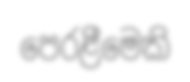
පෙරළීමෙකි